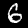
Label: 6